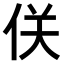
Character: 𠈪